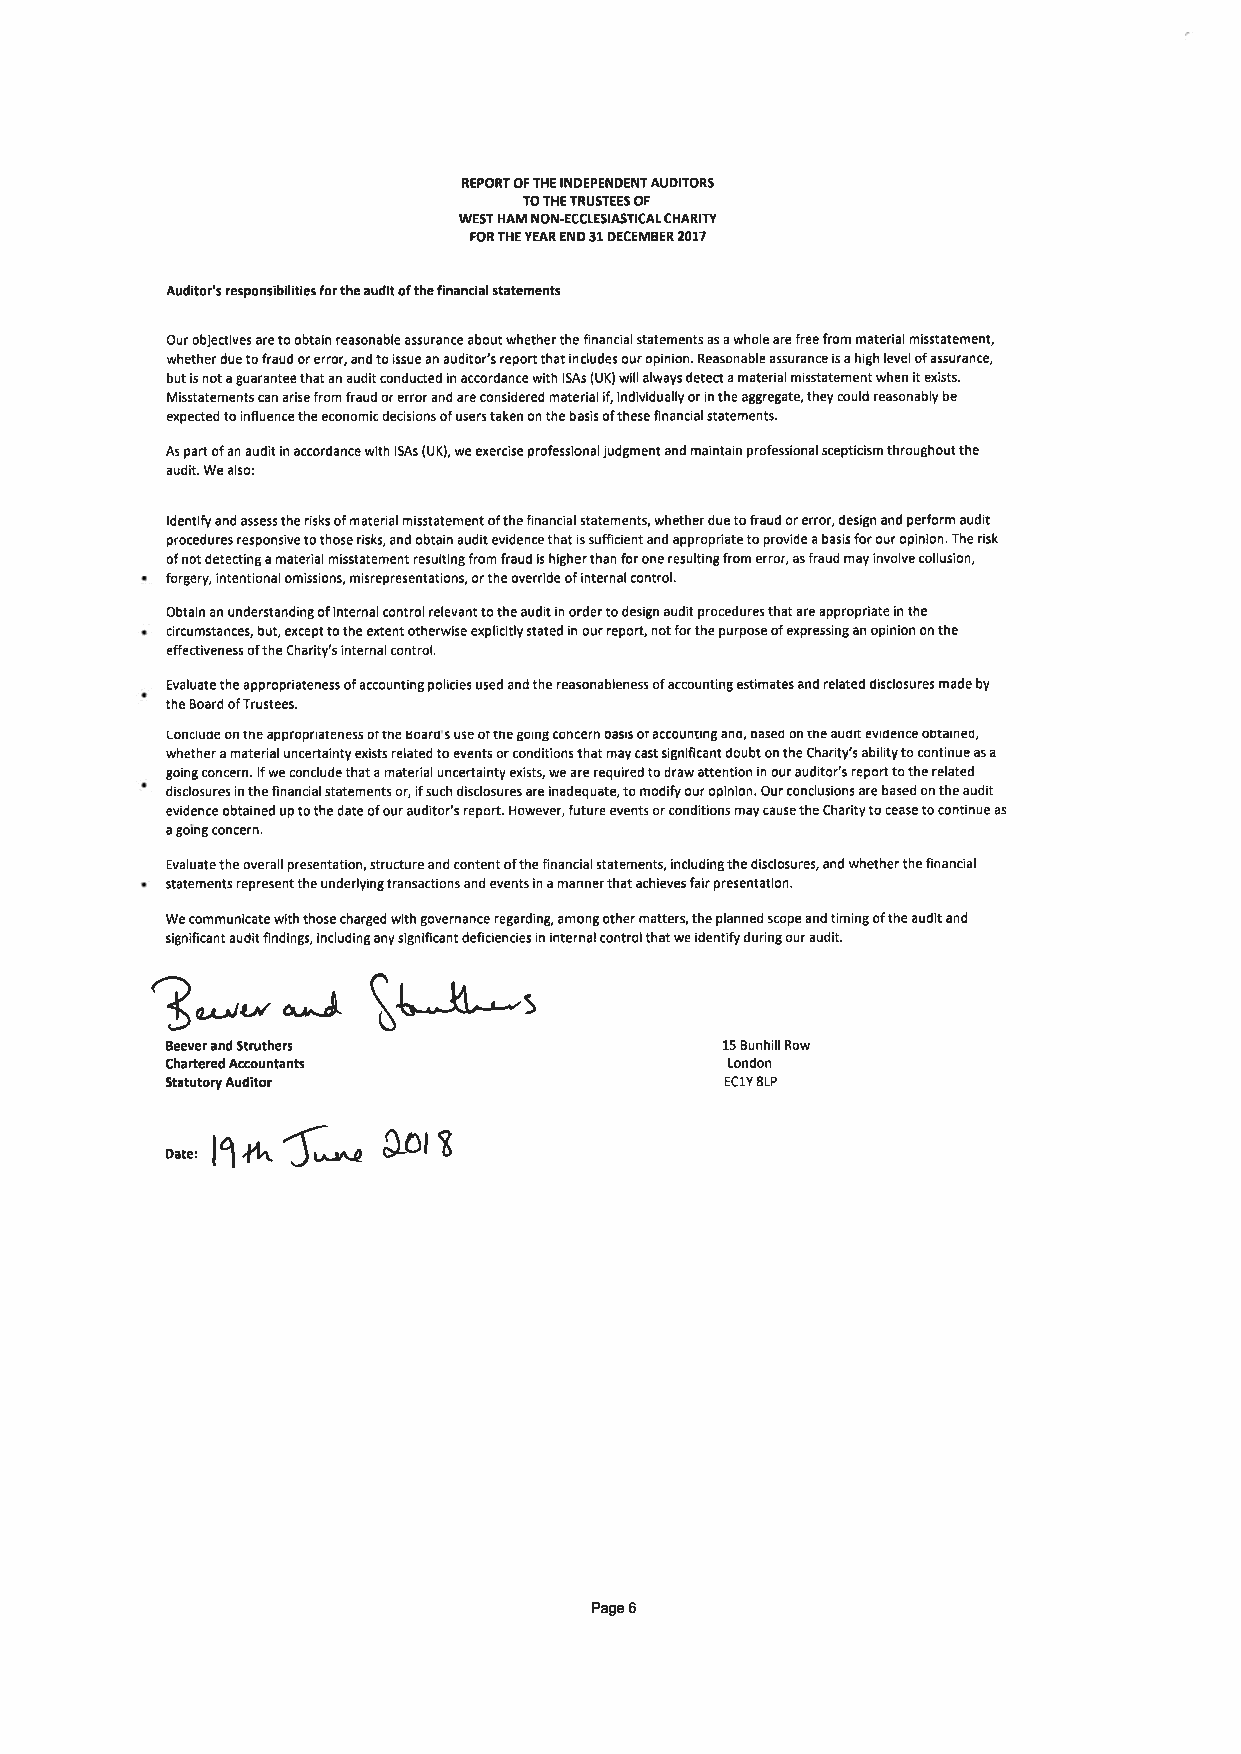
REPORT OF THE INDEPENDENT AUDITORS
 TO THE TRUSTEES OF
 WEST HAM NON-ECCTESIASTICAT CHARIW
 FOR THE YEAR END 31 DECEMBER 2017
 Auditor's responsibilities for the audit of the financial statements
 Our objectives are to obtain reasonable assurance about whetherthe financial statements as a whole are free from material misstatement,
 whether due to fraud or error, and to issue an auditor's report that includes our opinion. Reasonable assurance is a high level of assurance,
 but is not a guarantee that an audit conducted in accordance with lSAs (UK) will always detect a material misstatement when it exists.
 Misstatements can arise from fraud or error and are considered material if, individually or in the aggregate, they could reasonably be
 expected to influence the economic decisions of users taken on the basis ofthese financial statements.
 As part of an audit in accordance with lSAs (UK), we exercise professional judgment and maintain professional scepticism throughout the
 audit. We also:
 ldentify and assess the risks of material misstatement of the financial statements, whether due to fraud or error, design and perform audit
 procedures responsive to those risks, and obtain audit evidence that is sufficient and appropriate to provide a basis for our opinion. The risk
 of not detecting a material misstatement resulting from fraud is higher than for one resulting from error, as fraud may involve collusion,
 forgery, intentional omissions, misrepresentations, or the override of internal control.
 Obtain an understanding of internal control relevant to the audit in order to design audit procedures that are appropriate in the
 circumstances, but, except to the extent otherwise explicitly stated in our report, not for the purpose of expressing an opinion on the
 effectiveness of the Charity's internal control.
 Evaluate the appropriateness of accounting policies used and the reasonableness of accounting estimates and related disclosures made by
 the Board ofTrustees.
 LOnCtUOe On tne appropnaleness ot the Board s use ol tne gotnS concern Dasts ot accoungng and, oased on tne audn evrdence ootarneo,
 whether a material uncertainty exists related to events or conditions that may cast significant doubt on the Charity's ability to continue as a
 going concern. lfwe conclude that a material uncertainty exists, we are required to draw attention in our auditor's report to the related
 disclosures in the financial statements or, if such disclosures are inadequate, to modify our opinion. Our conclusions are based on the audit
 evidence obtained up to the date of our auditor's report. However, future events or conditions may cause the Charity to cease to continue as
 a going concern.
 Evaluate the overall presentation, structure and content ofthe financial statements, including the disclosures, and whether the financial
 statements represent the underlying transactions and events in a manner that achieves fair presentation.
 We communicate with those charged with governance regarding, among other matters, the planned scope and timing ofthe audit and
 significant audit findings, including any significant deficiencies in internal control that we identify during our audit.
 3**",^I                -t
 [U*Jt^
 Beever and Struthers                 15 Bunhill Row
 Chartered Accountants                London
 Statutory Auditor                    EClY 8LP
 l1+^{*         t
 SLol
 Date:
 Page 6